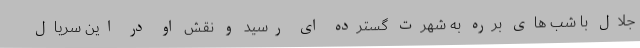
جلال با شب های برره به شهرت گسترده ای رسید و نقش او در این سریال